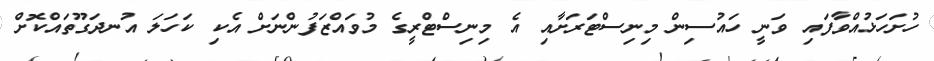
ހުށަހަޅުއްވާފައި ވަނީ ހައުސިން މިނިސްޓަރަށާއި އެ މިނިސްޓްރީގެ މުވައްޒަފުންނަށް އެކި ކަހަލަ އުނދަގޫތައްކޮށް